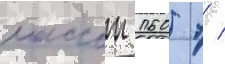
массои 160 т /